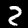
Digit: 2